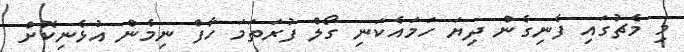
މި މެޗުގައި ފެނިގެން ދިޔަ ހަމައެކަނި ގޯލް ފުރަތަމަ ހާފް ނިމެން އުޅެނިކޮށް